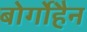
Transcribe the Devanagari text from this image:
बोर्गोहैन